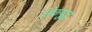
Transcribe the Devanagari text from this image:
लोकयुद्ध